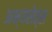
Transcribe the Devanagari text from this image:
अभ्यसेत्स